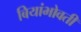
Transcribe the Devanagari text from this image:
बियांभोवती